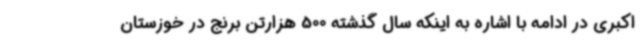
اکبری در ادامه با اشاره به اینکه سال گذشته 500 هزارتن برنج در خوزستان